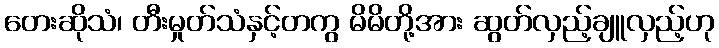
တေးဆိုသံ၊ တီးမှုတ်သံနှင့်တကွ မိမိတို့အား ဆွတ်လှည့်ချူလှည့်ဟု